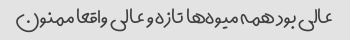
عالی بود همه میوه‌ها تازه و عالی واقعا ممنون